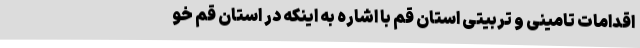
اقدامات تامینی و تربیتی استان قم با اشاره به اینکه در استان قم خو